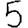
Digit: 5